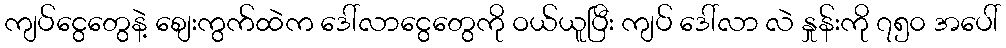
ကျပ်ငွေတွေနဲ့ စျေးကွက်ထဲက ဒေါ်လာငွေတွေကို ဝယ်ယူပြီး ကျပ် ဒေါ်လာ လဲ နှုန်းကို ၇၅၀ အပေါ်